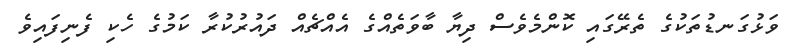
ވަޅުގަނޑުތަކުގެ ތެރޭގައި ކޮންމެވެސް ދިޔާ ބާވަތެއްގެ އެއްޗެއް ދައުރުކުރާ ކަމުގެ ހެކި ފެނިފައިވެ